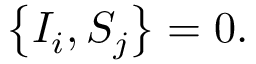
\left\lbrace I _ { i } , S _ { j } \right\rbrace = 0 .